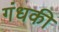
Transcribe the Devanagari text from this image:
गंधकी